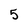
Character: 5